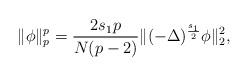
\begin{align*}\|\phi\|_p^p=\frac{2s_1p}{N(p-2)}\|(-\Delta)^{\frac {s_1} {2}} \phi\|_2^2,\end{align*}